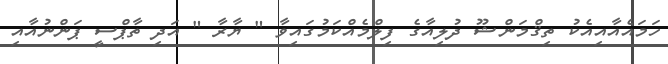
ހަމައެއާއިއެކު ތިޤްމަންޝޫ ދުލިއާގެ ފިލްމެއްކަމުގައިވާ " ޔާރާ " އަދި ތާޕްސީ ޕަންނުއާއި